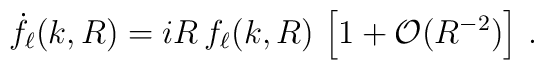
\dot{f}_\ell(k,R) = i R\, f_\ell(k,R)\,\left[1 + \mathcal{O}(R^{-2})\right]\,.